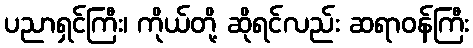
ပညာရှင်ကြီး၊ ကိုယ်တို့ ဆိုရင်လည်း ဆရာဝန်ကြီး